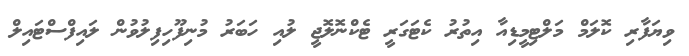
ވިޔަފާރި ކޮލަމް މަލްޓިމީޑިއާ އިތުރު ކެޓަގަރީ ޓެކްނޮލޮޖީ ލުއި ހަބަރު މުނިފޫހިފިލުވުން ލައިފްސްޓައިލް